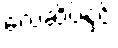
လေဆိပ်နှင့်